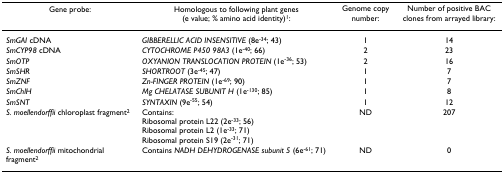
| Gene probe: | Homologous to following plant genes (e value; % amino acid identity)1: | Genome copy number: | Number of positive BAC clones from arrayed library: |
 | --- | --- | --- | --- |
 | SmGAI cDNA | GIBBERELLIC ACID INSENSITIVE (8e-34; 43) | 1 | 14 |
 | SmCYP98 cDNA | CYTOCHROME P450 98A3 (1e-40; 66) | 2 | 23 |
 | SmOTP | OXYANION TRANSLOCATION PROTEIN (1e-36; 53) | 2 | 16 |
 | SmSHR | SHORTROOT (3e-45; 47) | 1 | 7 |
 | SmZNF | Zn-FINGER PROTEIN (1e-69; 90) | 1 | 7 |
 | SmChlH | Mg CHELATASE SUBUNIT H (1e-130; 85) | 1 | 8 |
 | SmSNT | SYNTAXIN (9e-55; 54) | 1 | 12 |
 | S. moellendorffii chloroplast fragment2 | Contains:Ribosomal protein L22 (2e-33; 56)Ribosomal protein L2 (1e-33; 71)Ribosomal protein S19 (2e-31; 71) | ND | 207 |
 | S. moellendorffii mitochondrial fragment2 | Contains NADH DEHYDROGENASE subunit 5 (6e-61; 71) | ND | 0 |